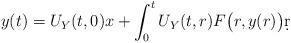
LaTeX: \begin{align*}y(t)=U_Y(t,0)x+\int_0^t U_Y(t,r)F\big(r,y(r)\big)\d r\end{align*}